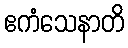
ဧကံသေနာတိ